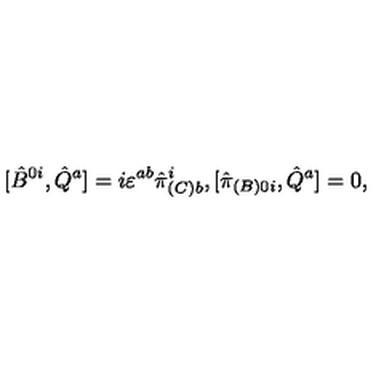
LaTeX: [ \hat { B } ^ { 0 i } , \hat { Q } ^ { a } ] = i \varepsilon ^ { a b } \hat { \pi } _ { ( C ) b } ^ { i } , [ \hat { \pi } _ { ( B ) 0 i } , \hat { Q } ^ { a } ] = 0 ,